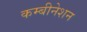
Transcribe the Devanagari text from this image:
कम्बीनेशन